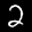
Label: 2